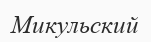
Микульский